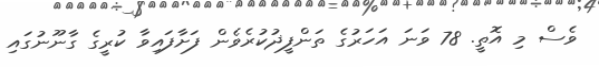
ވެސް މި އޮތީ. 78 ވަނަ އަހަރުގެ ތަންފީޛުކުރެވެން ފަށާފައިވާ ކުރީގެ ގާނޫނުގައި